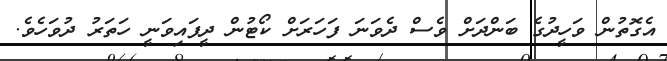
އެގޮތުން ވަހީދުގެ ބަންދަށް ވެސް ދެވަނަ ފަހަރަށް ކޯޓުން ދީފައިވަނީ ހަތަރު ދުވަހެވެ.